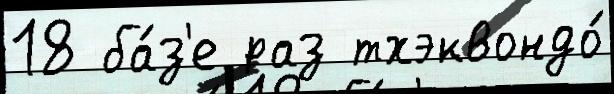
18 ба́з'е раз тхэквондо́